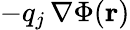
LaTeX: -q_{j}\, \nabla\Phi(\mathbf{r})